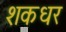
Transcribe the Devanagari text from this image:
शकधर